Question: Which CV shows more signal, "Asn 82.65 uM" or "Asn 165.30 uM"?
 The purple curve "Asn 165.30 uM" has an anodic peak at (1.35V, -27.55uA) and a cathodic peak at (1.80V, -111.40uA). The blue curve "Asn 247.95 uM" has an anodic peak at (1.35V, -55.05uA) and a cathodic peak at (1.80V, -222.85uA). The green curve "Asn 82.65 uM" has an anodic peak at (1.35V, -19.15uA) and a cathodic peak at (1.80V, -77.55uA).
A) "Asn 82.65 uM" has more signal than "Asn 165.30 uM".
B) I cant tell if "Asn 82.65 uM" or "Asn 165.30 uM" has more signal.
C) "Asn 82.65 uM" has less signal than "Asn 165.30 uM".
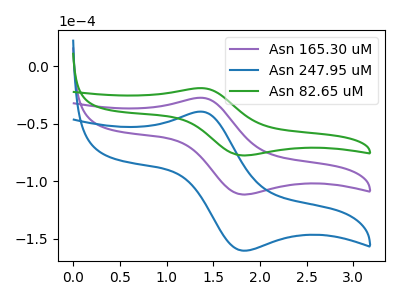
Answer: <think>All the peaks in "Asn 82.65 uM" have a peak in "Asn 165.30 uM" at the same potential.
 </think>
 <answer>B) I cant tell if "Asn 82.65 uM" or "Asn 165.30 uM" has more signal.</answer>
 <eval>B</eval>